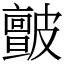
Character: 皽